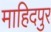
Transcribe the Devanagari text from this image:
माहिदपुर